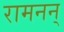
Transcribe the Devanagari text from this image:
रामनन्‌